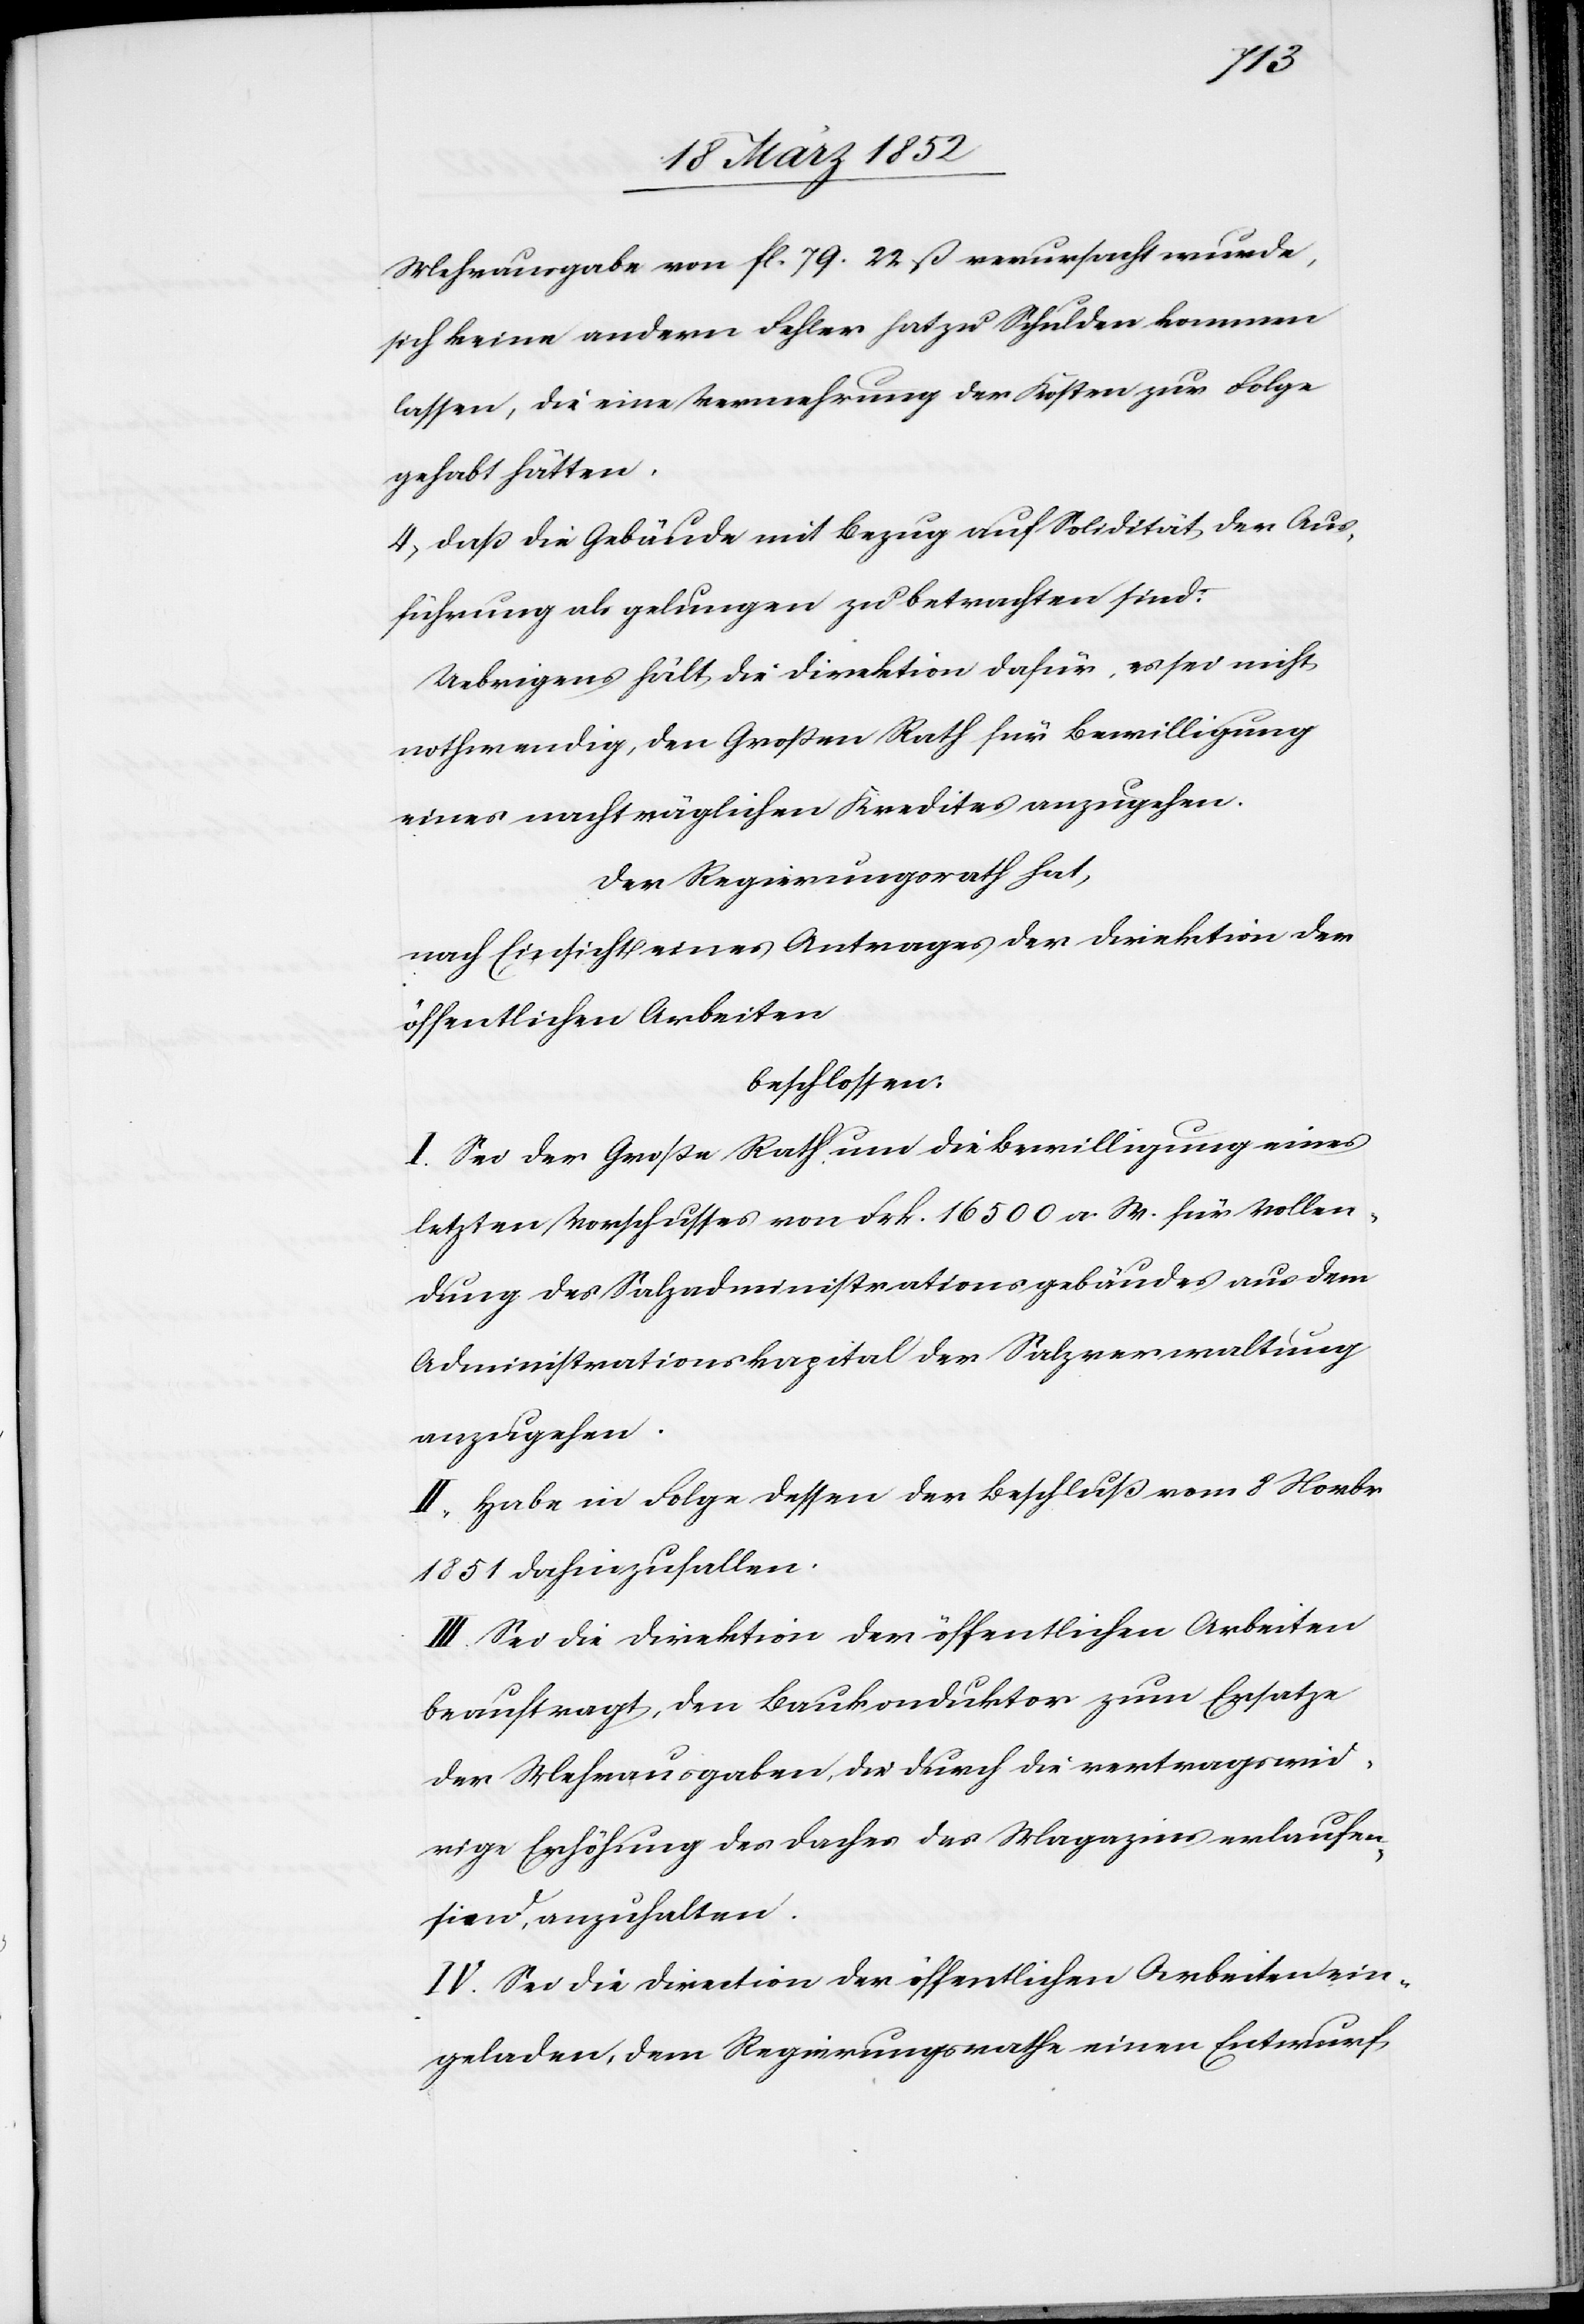
Mehrausgabe von fl. 79. 22 ß verursacht wurde,
sich keine andern Fehler hat zu Schulden kommen
lassen, die eine Vermehrung der Kosten zur Folge
gehabt hätten.
4) Daß die Gebäude mit Bezug auf Solidität der Aus¬
führung als gelungen zu betrachten sind.
Uebrigens hält die Direktion dafür, es sei nicht
nothwendig, den Großen Rath für Bewilligung
eines nachträglichen Kredites anzugehen.
Der Regierungsrath hat,
nach Einsicht eines Antrages der Direktion der
öffentlichen Arbeiten
beschlossen:
I. Sei der Große Rath um die Bewilligung eines
letzten Vorschusses von Frk. 16 500 a. W. für Vollen¬
dung des Salzadministrationsgebäudes aus dem
Administrationskapital der Salzverwaltung
anzugehen.
II. Habe in Folge dessen der Beschluß vom 8 Novbr
1851 dahinzufallen.
III. Sei die Direktion der öffentlichen Arbeiten
beauftragt, den Baukonduktor zum Ersatze
der Mehrausgaben, die durch die vertragswid¬
rige Erhöhung des Daches des Magazins erlaufen
sind, anzuhalten.
IV. Sei die Direction der öffentlichen Arbeiten ein¬
geladen, dem Regierungsrathe einen Entwurf